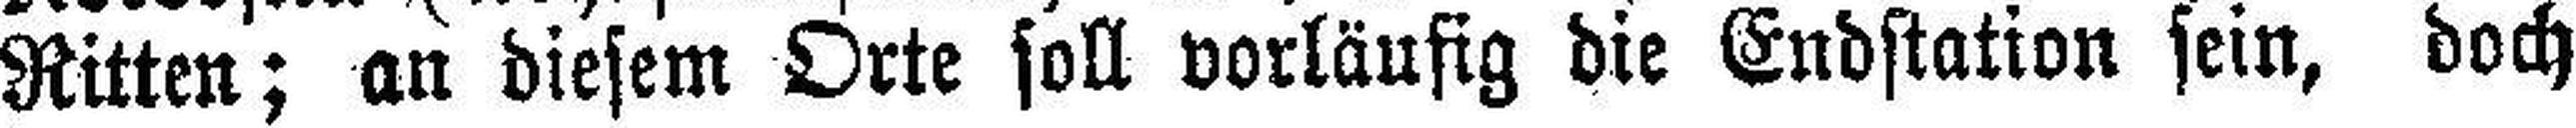
Ritten; an diesem Orte soll vorläufig die Endstation sein, doch